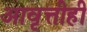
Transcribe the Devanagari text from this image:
आवृत्तीही